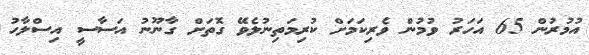
އުމުރުން 65 އަހަރު ވުމުން ވެރިކަމަށް ކުރިމަތިނުލެވޭ ގޮތަށް ގާނޫނު އަސާސީ އިސްލާހު